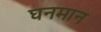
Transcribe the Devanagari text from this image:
घनमान